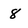
Character: 8